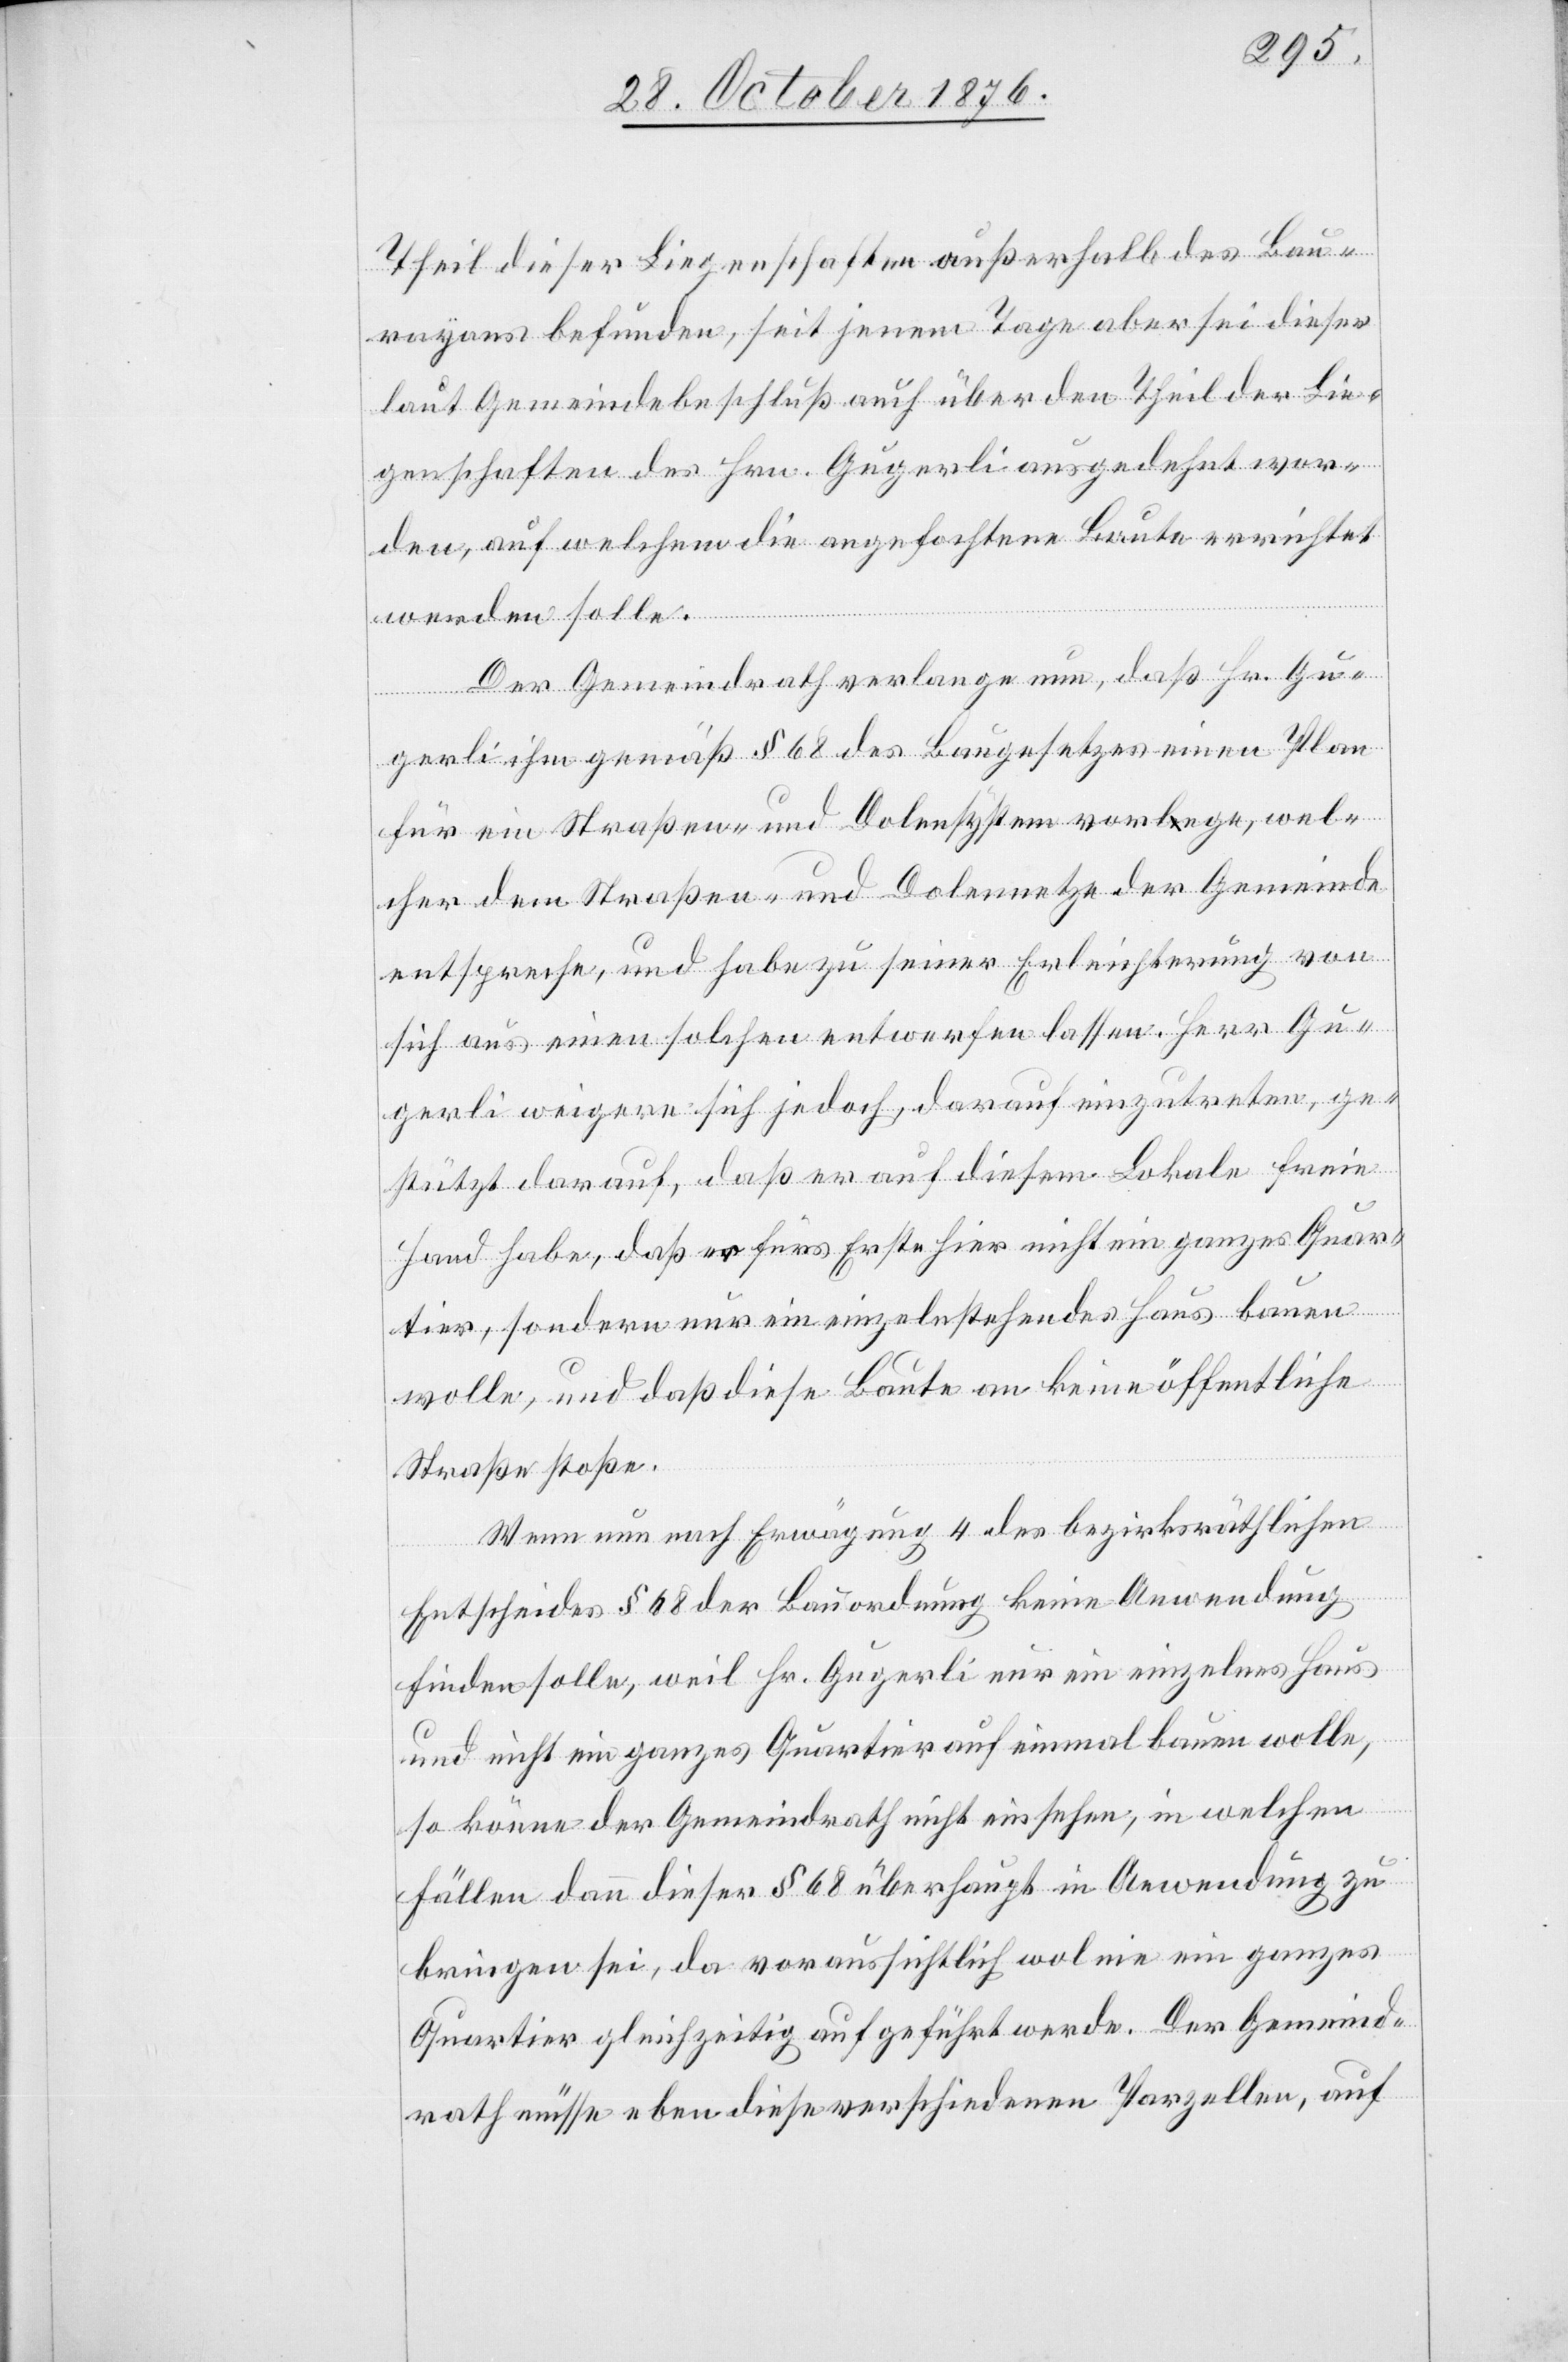
Theil dieser Liegenschaften außerhalb des Bau¬
rayons befunden, seit jenem Tage aber sei dieser
laut Gemeindebeschluß auch über den Theil der Lie¬
genschaften des Hrn. Gugerli ausgedehnt wor¬
den, auf welchem die angefochtene Baute errichtet
werden solle.
Der Gemeindrath verlange nun, daß Hr. Gu¬
gerli ihm gemäß § 68 des Baugesetzes einen Plan
für ein Straßen- und Dohlensystem vorlege, wel¬
cher dem Straßen- und Dohlennetze der Gemeinde
entspreche, und habe zu seiner Erleichterung von
sich aus einen solchen entwerfen lassen. Herr Gu¬
gerli weigere sich jedoch, darauf einzutreten, ge¬
stützt darauf, daß er auf diesem Lokale freie
Hand habe, daß er fürs Erste hier nicht ein ganzes Quar¬
tir, sondern nur ein einzelnstehendes Haus bauen
wolle, und daß diese Baute an keine öffentliche
Straße stoße.
Wenn nun nach Erwägung 4 des bezirksräthlichen
Entscheides § 68 der Bauordnung keine Anwendung
finden solle, weil Hr. Gugerli nur ein einzelnes Haus
und nicht ein ganzes Quartier auf einmal bauen wolle,
so könne der Gemeindrath nicht einsehen, in welchen
Fällen dann dieser § 68 überhaupt in Anwendung zu
bringen sei, da voraussichtlich wol nie ein ganzes
Quartier gleichzeitig aufgeführt werde. Der Gemeind¬
rath müsse eben diese verschiedenen Parzellen, auf